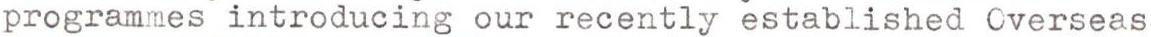
programmes introducing our recently established Cverseas